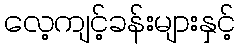
လေ့ကျင့်ခန်းများနှင့်